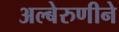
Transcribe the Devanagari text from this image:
अल्बेरुणीने